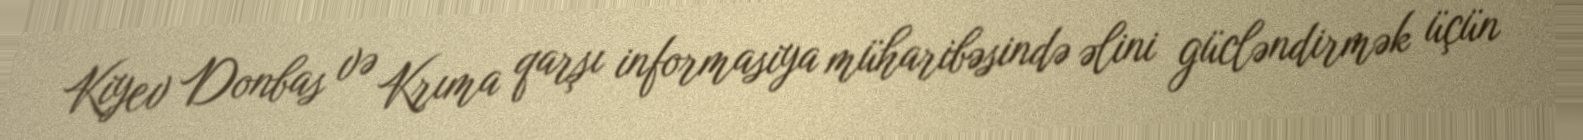
Kiyev Donbas və Krıma qarşı informasiya müharibəsində əlini gücləndirmək üçün